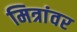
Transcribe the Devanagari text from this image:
मित्रांवर